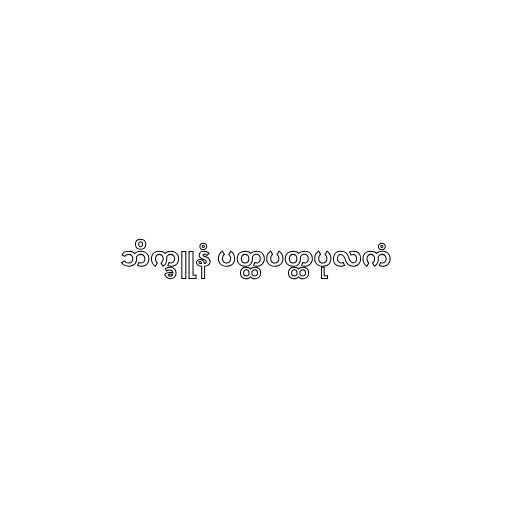
ဘိက္ခူနံ ပတ္ထပတ္ထပုလကံ